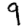
Digit: 9